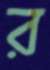
র